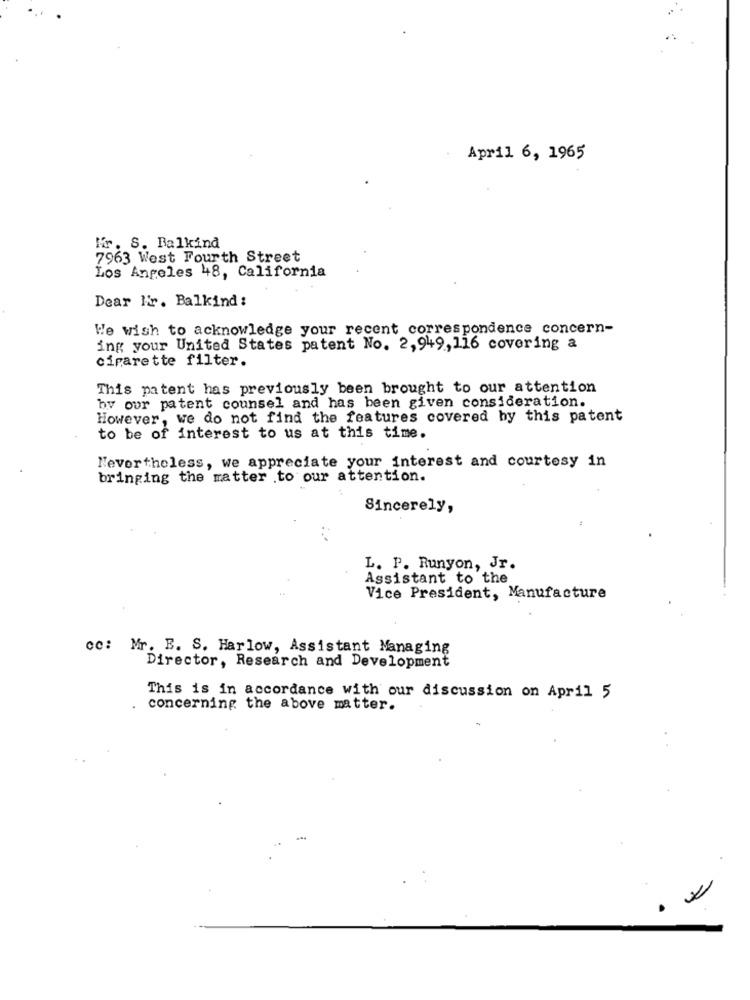
April 6, 1965
Mr. S. Balkind
7963 West Fourth Street
Los Angeles 48, California
Dear Mr. Balkind :
We wish to acknowledge your recent correspondence concern-
ing your United States patent No. 2,949,116 covering a
cigarette filter.
This patent has previously been brought to our attention
by our patent counsel and has been given consideration.
However, we do not find the features covered by this patent
to be of interest to us at this time.
Nevertheless, we appreciate your interest and courtesy in
bringing the matter to our attention.
Sincerely,
L. P. Runyon, Jr.
Assistant to the
Vice President, Manufacture
cc: Mr. B. S. Harlow, Assistant Managing
Director, Research and Development
This is in accordance with our discussion on April 5
concerning the above matter.